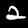
Label: 2